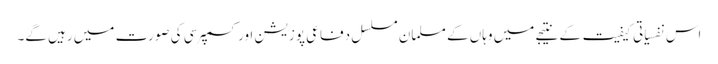
اس نفسیاتی کیفیت کے نتیجے میں وہاں کے مسلمان مسلسل دفاعی پوزیشن اور کسمپرسی کی صورت میں رہیں گے۔